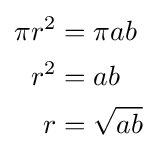
{\begin{aligned}\pi r^{2}&=\pi ab\\r^{2}&=ab\\r&={\sqrt {ab}}\end{aligned}}